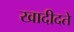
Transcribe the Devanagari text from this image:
खादीदते